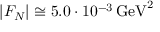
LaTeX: | F _ { N } | \cong 5 . 0 \cdot 1 0 ^ { - 3 } \, \mathrm { G e V } ^ { 2 }